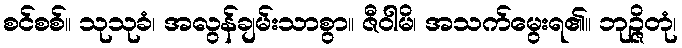
စင်စစ်။ သုသုခံ၊ အလွန်ချမ်းသာစွာ။ ဇီဝါမိ၊ အသက်မွေးရ၏။ ဘုဉ္ဇိတုံ၊